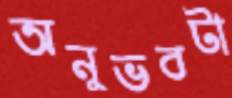
অনুভবটা